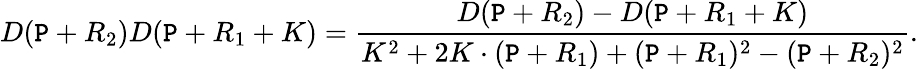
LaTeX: D(\mathtt{P}+R_{2})D(\mathtt{P}+R_{1}+K)=\frac{{D(\mathtt{P}+R_{2})-D(\mathtt{P}+R_{1}+K)}}{{K^{2}+2K\cdot(\mathtt{P}+R_{1})+(\mathtt{P}+R_{1})^{2}-(\mathtt{P}+R_{2})^{2}}}.